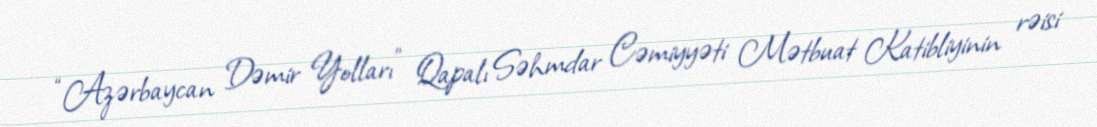
“Azərbaycan Dəmir Yolları” Qapalı Səhmdar Cəmiyyəti Mətbuat Katibliyinin rəisi